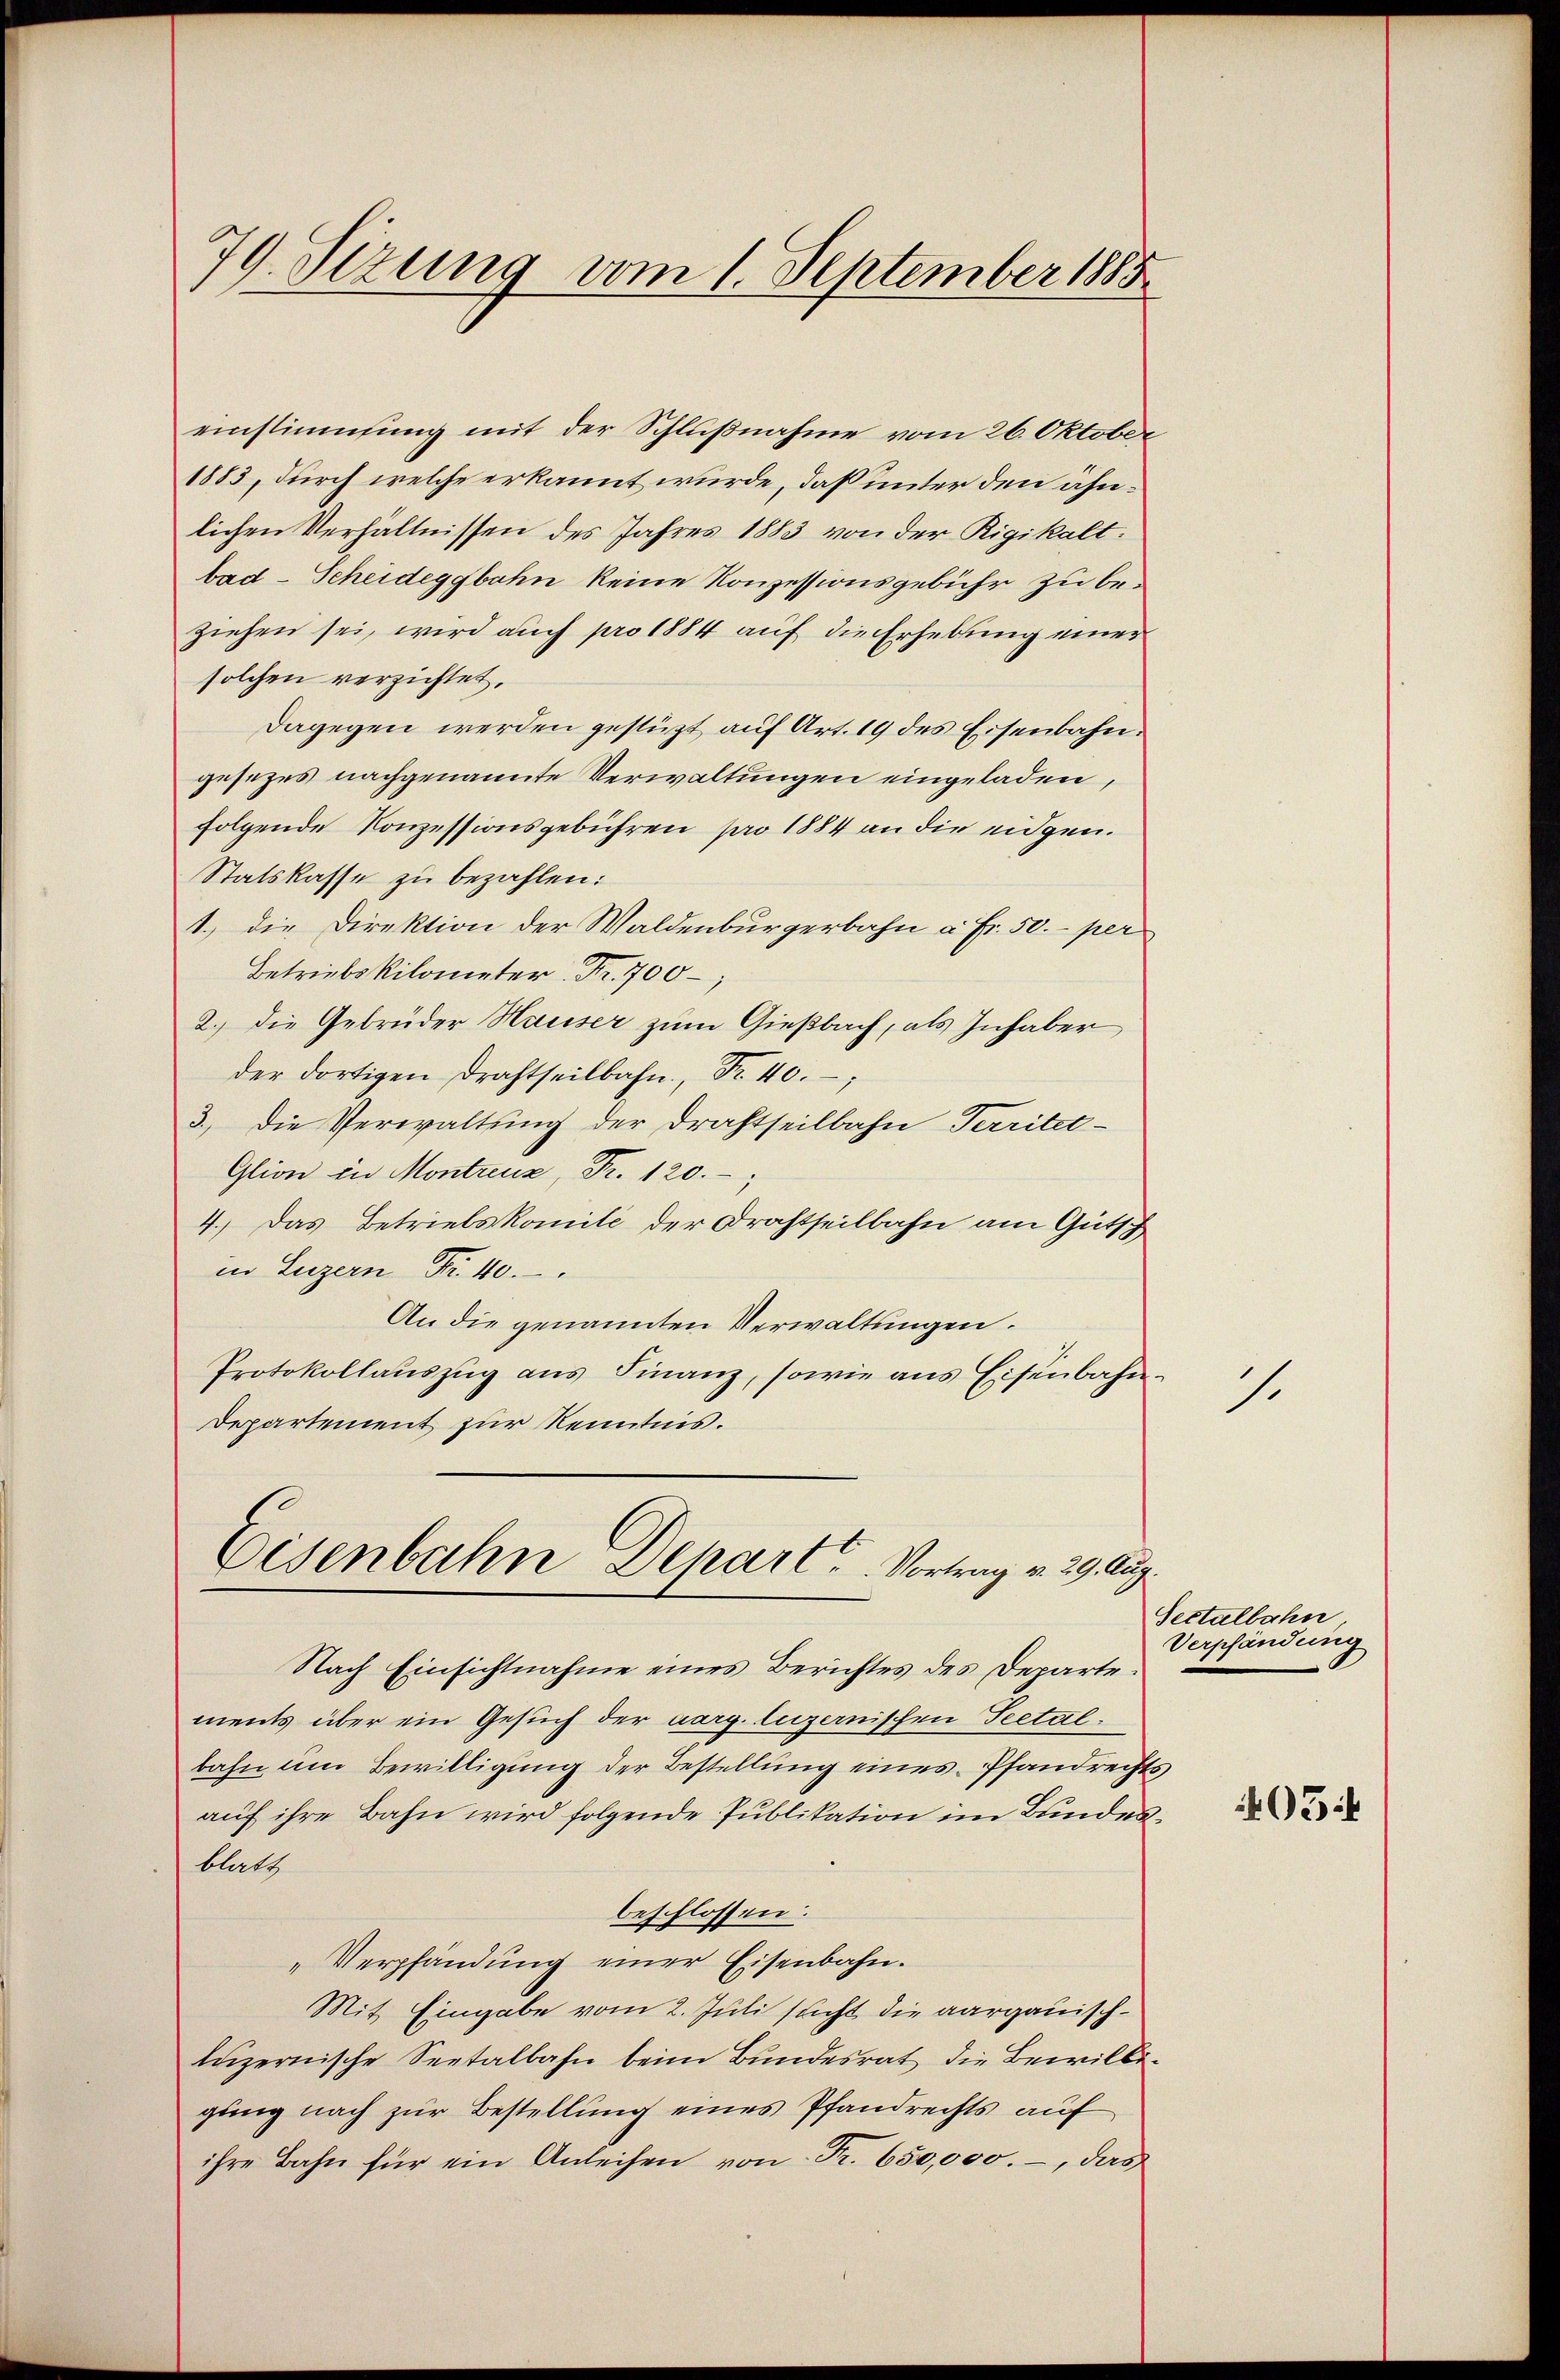
79 Sizung vom 1. September 1885

einstimmung mit der Schlußnahme vom 26. Oktober
1883, durch welche erkannt wurde, daß unter den ähnlichen Verhältnissen des Jahres 1883 von der Rigikalt.
bad-Scheideggbahn keine Konzessionsgebühr zu beziehen sei, wird auch pro 1884 auf die Erhebung eines
solchen verzichtet,
dagegen werden gestüzt auf Art. 19 des Eisenbahngesetzes nachgenannte Verwaltungen eingeladen,
folgende Konzessionsgebühren pro 1884 an die eidgen.
Statskasse zu bezahlen:
1.) Die Direktion der Waldenburgerbahn à Fr. 50.- per
Betriebskilometer Fr. 700
2.) Die Gebrüder Hauser zum Gießbach, als Inhaber
der dortigen Drahtseilbahn, Nr. 40.
3.) Die Verwaltung der Drahtseilbahn Territet-
Glion in Montreuz, Fr. 120.
4.) Das Betriebskomité der Drahtseilbahn am Gutsch
in Luzern Fr. 40.
An die genannten Verwaltungen.
Protokollauszug aus Finanz, sowie aus Eisenbahn¬
Departement zur Kenntnis.

Eisenbahn Depart. Vortrag v. 29. Aug.

Nach Einsichtnahme eines Berichtes des Departements über ein Gesuch der aarg. luzernischen Testalbahn um Bewilligung der Bestellung eines Pfandrechts
auf ihre Bahn wird folgende Publikation im Bundesblatt
beschlossen:
„Verpfändung einer Eisenbahn.
Mit Eingabe vom 2. Juli sucht die aargauischluzernische Seetalbahn beim Bundesrat die Bewilligung nach zur Bestellung eines Pfandrechts auf
ihre Bahn für ein Anleihen von Fr. 650,000.-, das

1.

Settalbahn
Verpfändung

405: